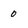
Character: 0